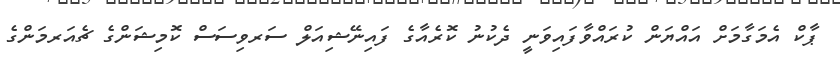
ޕާކް އެމަގާމަށް އައްޔަން ކުރައްވާފައިވަނީ ދެކުނު ކޮރެއާގެ ފައިނޭޝިއަލް ސަރވިސަސް ކޮމިޝަންގެ ޗެއަރމަންގެ